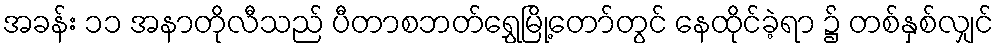
အခန်း ၁၁ အနာတိုလီသည် ပီတာစဘတ်ရွှေမြို့တော်တွင် နေထိုင်ခဲ့ရာ ၌ တစ်နှစ်လျှင်